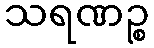
သရဏဉ္စ